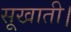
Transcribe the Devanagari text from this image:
सूखाती।